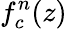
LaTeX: f_{c}^{n}(z)